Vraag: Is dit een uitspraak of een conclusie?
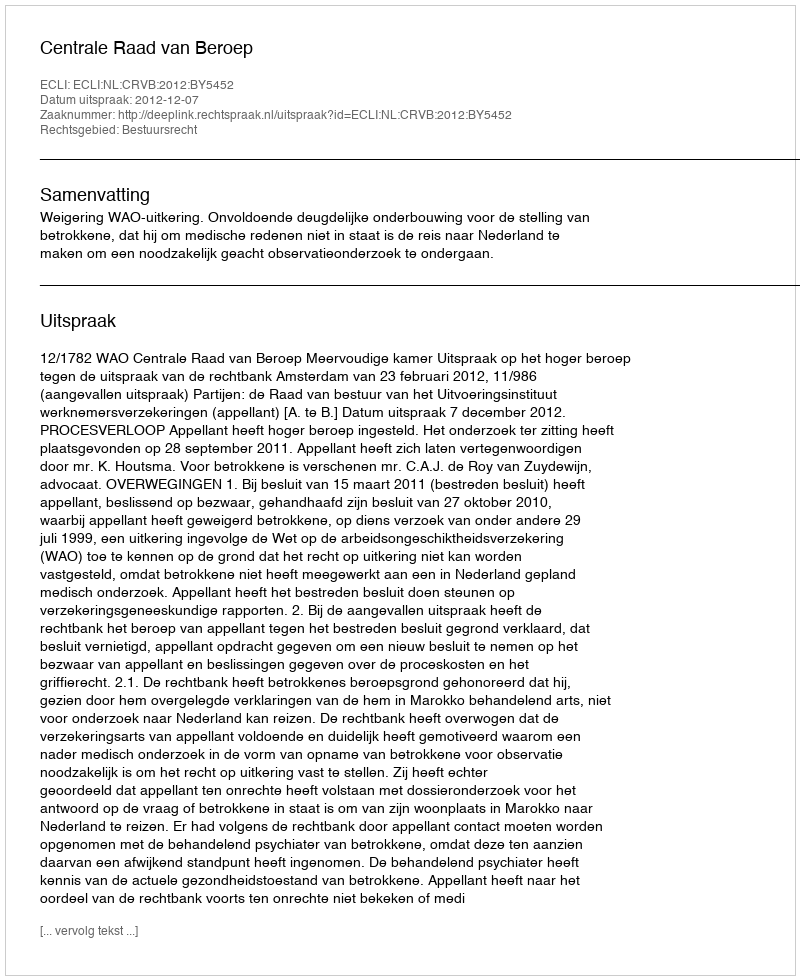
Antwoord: Uitspraak